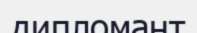
дипломант